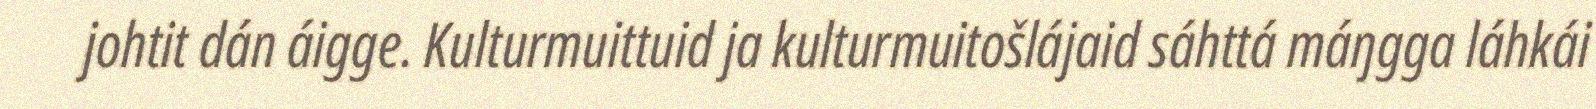
johtit dán áigge. Kulturmuittuid ja kulturmuitošlájaid sáhttá máŋgga láhkái